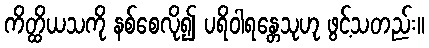
ကိတ္ထိယသကို နစ်စေလို၍ ပရိဝါရန္တေသုဟု ဖွင့်သတည်း။